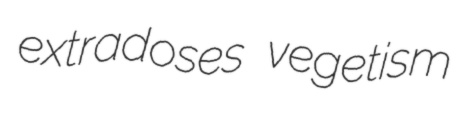
extradoses vegetism